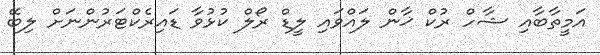
އަމީތާބާއި ޝާހް ރުކް ޚާން ލައްވައި ލީޑް ރޯލް ކުޅުވާ ޑައިރެކްޓަރުންނަށް ލިބޭ